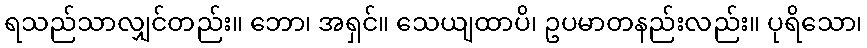
ရသည်သာလျှင်တည်း။ ဘော၊ အရှင်။ သေယျထာပိ၊ ဥပမာတနည်းလည်း။ ပုရိသော၊